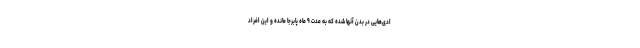
ادی‌هایی در بدن آنها شده که به مدت ۹ ماه پابرجا مانده و این افراد